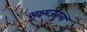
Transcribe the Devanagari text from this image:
सूक्ष्मजंतूला